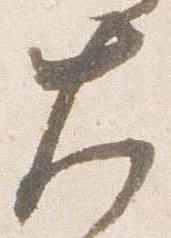
大